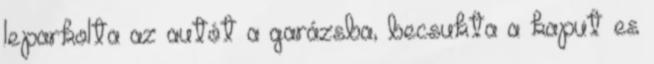
leparkolta az autót a garázsba, becsukta a kaput es